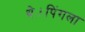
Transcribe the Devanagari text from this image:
थे।पिंगला